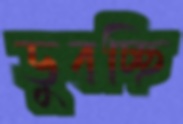
ডুবচ্ছি